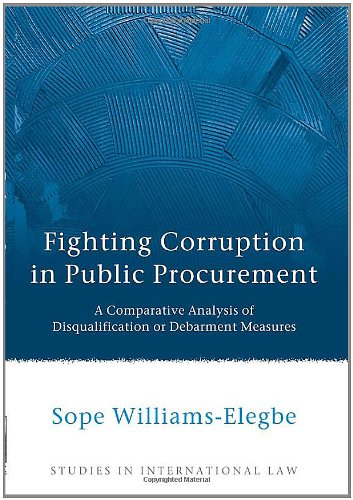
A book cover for Fighting Corruption in Public Procurement: A Comparative Analysis of Disqualification or Debarment Measures (Studies in International Law); Sope Williams-Elegbe; Law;